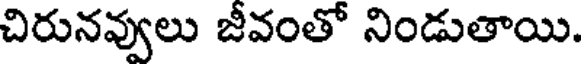
చిరునవ్వులు జీవంతో నిండుతాయి.